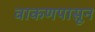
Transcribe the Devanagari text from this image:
वाकणपासून